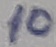
Text: 10